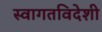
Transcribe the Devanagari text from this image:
स्वागतविदेशी